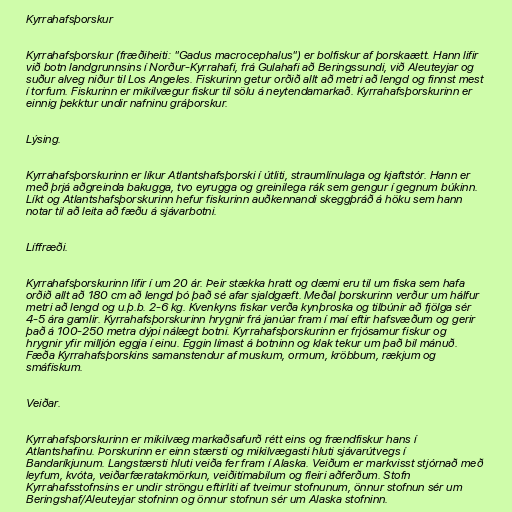
Kyrrahafsþorskur

Kyrrahafsþorskur (fræðiheiti: "Gadus macrocephalus") er bolfiskur af þorskaætt. Hann lifir
við botn landgrunnsins í Norður-Kyrrahafi, frá Gulahafi að Beringssundi, við Aleuteyjar og
suður alveg niður til Los Angeles. Fiskurinn getur orðið allt að metri að lengd og finnst mest
í torfum. Fiskurinn er mikilvægur fiskur til sölu á neytendamarkað. Kyrrahafsþorskurinn er
einnig þekktur undir nafninu gráþorskur.

Lýsing.

Kyrrahafsþorskurinn er líkur Atlantshafsþorski í útliti, straumlínulaga og kjaftstór. Hann er
með þrjá aðgreinda bakugga, tvo eyrugga og greinilega rák sem gengur í gegnum búkinn.
Líkt og Atlantshafsþorskurinn hefur fiskurinn auðkennandi skeggþráð á höku sem hann
notar til að leita að fæðu á sjávarbotni.

Líffræði.

Kyrrahafsþorskurinn lifir í um 20 ár. Þeir stækka hratt og dæmi eru til um fiska sem hafa
orðið allt að 180 cm að lengd þó það sé afar sjaldgæft. Meðal þorskurinn verður um hálfur
metri að lengd og u.þ.b. 2-6 kg. Kvenkyns fiskar verða kynþroska og tilbúnir að fjölga sér
4-5 ára gamlir. Kyrrahafsþorskurinn hrygnir frá janúar fram í maí eftir hafsvæðum og gerir
það á 100-250 metra dýpi nálægt botni. Kyrrahafsþorskurinn er frjósamur fiskur og
hrygnir yfir milljón eggja í einu. Eggin límast á botninn og klak tekur um það bil mánuð.
Fæða Kyrrahafsþorskins samanstendur af muskum, ormum, kröbbum, rækjum og
smáfiskum.

Veiðar.

Kyrrahafsþorskurinn er mikilvæg markaðsafurð rétt eins og frændfiskur hans í
Atlantshafinu. Þorskurinn er einn stærsti og mikilvægasti hluti sjávarútvegs í
Bandaríkjunum. Langstærsti hluti veiða fer fram í Alaska. Veiðum er markvisst stjórnað með
leyfum, kvóta, veiðarfæratakmörkun, veiðitímabilum og fleiri aðferðum. Stofn
Kyrrahafsstofnsins er undir ströngu eftirliti af tveimur stofnunum, önnur stofnun sér um
Beringshaf/Aleuteyjar stofninn og önnur stofnun sér um Alaska stofninn.